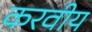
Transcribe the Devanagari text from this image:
करवीय